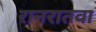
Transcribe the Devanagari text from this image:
रानरातवा